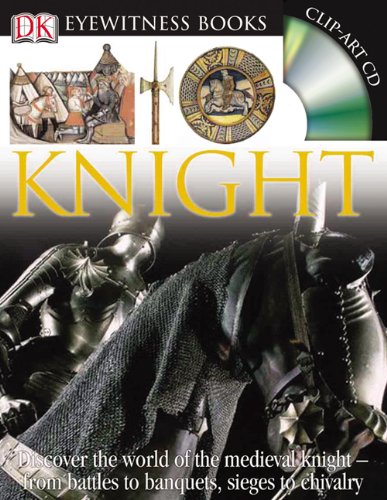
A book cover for Knight (DK Eyewitness Books); Christopher Gravett; Children's Books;